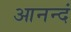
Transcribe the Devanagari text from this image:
आनन्दं